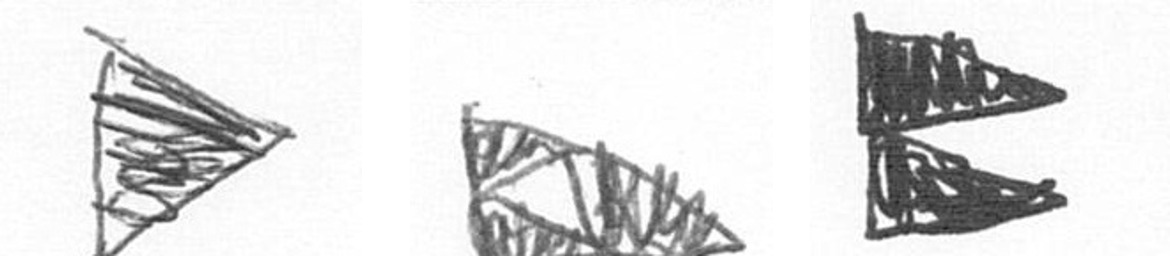
T K P